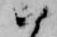
ハ